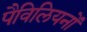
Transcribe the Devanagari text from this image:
पैविलियनों